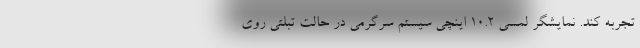
تجربه کند. نمایشگر لمسی 10.2 اینچی سیستم سرگرمی در حالت تبلتی روی